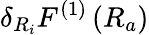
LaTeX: \delta_{R_{i}}F^{(1)}\left(R_{a}\right)